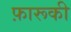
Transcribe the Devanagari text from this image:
फ़ारूकी